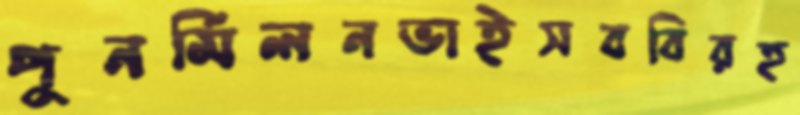
পুনর্মিলনভাইসববিরহ